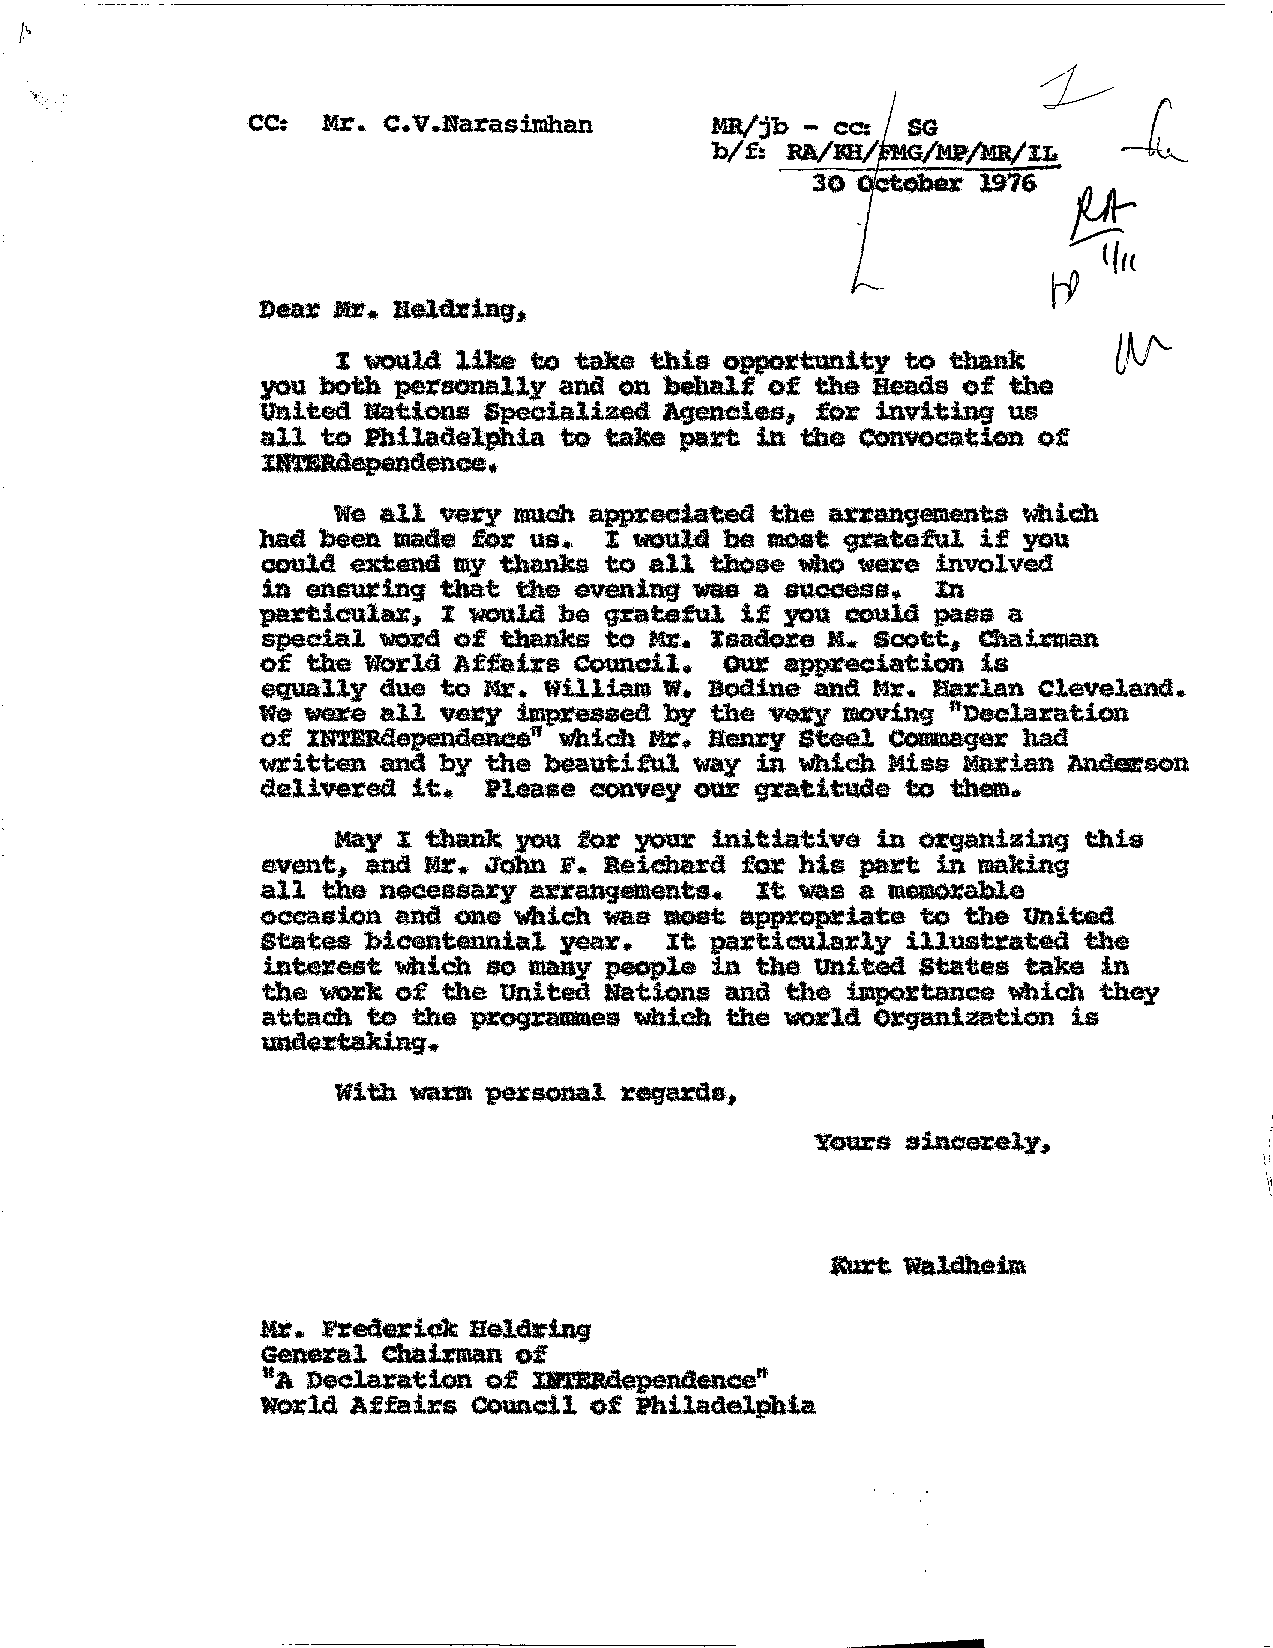
CC;  Mr. C.V.Hfarasirafean     MB/jb - ccs / SG
 'm/ms/m^
 Dear Mr. Ileldring,
 1 would  lifee to take this opportunity to tlimik
 you botb persoiiaXly and oa be^ialf of the Seeds of
 United itet&oo* Specialised Agencies, for inviting us
 all to PfcilD<3elphia to take part la. the Convocation of
 We all, very much appreciated the arrangements
 feeea raa<3© for as* 1 ts»uM 13^ faost gs^tefui if
 «3ctiesv3 my thanks to all tfa£se utio were involved
 in ensuring that th© evening was a SK%CNS@@€ !;&
 W
 particular, I would be gratsful if you could pass a
 s|>eGial word of tha&ks to Mr* Xstador© M« Scott^
 of t&e Worlci ^ffalars Council* Oits appzreciation is
 e<3us!3.y da© to l-3ir* William W. Bodine and Kr. Harlan Cleveland
 We ^p©r© all v©ey impressed by the -v^sy taoving "Declaration
 o.f IKPIESdespendence3 v/iiic3i fiff* Henry Steel Oaaffaa^gesr has3
 written asil by the beaut if til way lit whldh Miss Masri
 delivered it-* Please convey our gratitude to them*
 May I tbsnk ^rou for your initiative in organising this
 event, an<3 Mr* *Xolm f . Eei^iard for his fa&t IB making
 all the necessary arrajigeraents, It was a nieraorablo
 oceaeioja sM one w&ieh w&m most appropsriat® to the tMited
 States bicentennial year.  It particularly illustrated the
 interest v^iich so r^uy people 10 the United States take in
 the W£&   of the tfnited nations and 't3i0 impoxtanee -which they
 sttsdti to ^h@ f>rograamea whic^i the isforld Gsrganlzation is
 undertaking.
 With \varm personal ragaras>
 Kurt
 Mr, £*£<ei-«s;i«k Heldring
 General Chairman of
 Beelaratioa of
 World Affairs Council of Philadelphia